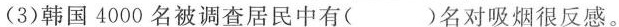
(3)韩国4000名被调查居民中有( )名对吸烟很反感。